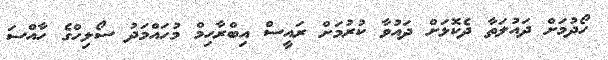
ހޯދުމަށް ދައުލަތާ ދެކޮޅަށް ދައުވާ ކުރުމަށް ރައީސް އިބްރާހިމް މުހައްމަދު ސޯލިހްގެ ހާއްސަ